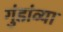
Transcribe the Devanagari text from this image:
गुंडांव्या